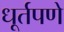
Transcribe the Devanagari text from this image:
धूर्तपणे